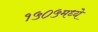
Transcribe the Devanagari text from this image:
१५०५मध्ये